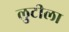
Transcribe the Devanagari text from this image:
लुटीला